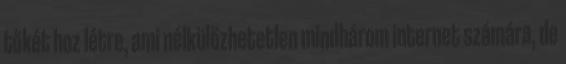
tőkét hoz létre, ami nélkülözhetetlen mindhárom internet számára, de